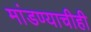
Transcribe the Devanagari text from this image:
मांडण्याचीही